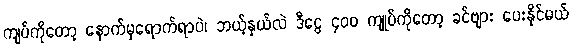
ကျပ်ကိုတော့ နောက်မှရောက်ရာပဲ၊ ဘယ့်နှယ်လဲ ဒီငွေ ၄၀၀ ကျုပ်ကိုတော့ ခင်ဗျား ပေးနိုင်မယ်